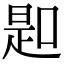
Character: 𠸭